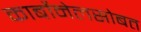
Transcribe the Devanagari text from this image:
कार्बोनेलसोबत